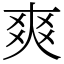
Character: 爽